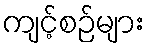
ကျင့်စဉ်များ